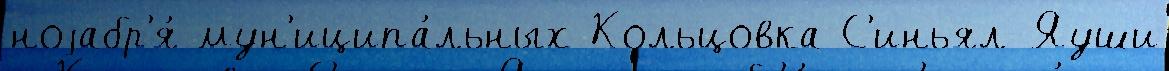
ноjабр'я́ мун'иципа́льных Кольцовка С'иньял-Яуши